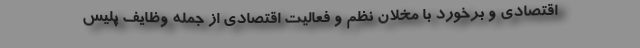
اقتصادی و برخورد با مخلان نظم و فعالیت اقتصادی از جمله وظایف پلیس